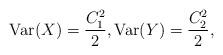
LaTeX: \begin{align*}{\rm Var}(X)=\frac{C_1^2}{2}, {\rm Var}(Y)=\frac{C_2^2}{2}, \end{align*}